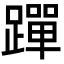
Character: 䠤